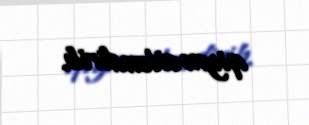
qiymətləndirib.